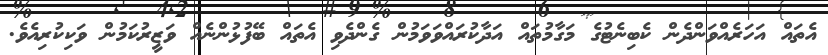
އެތައް އަހަރެއްވަންދެން ކެބިނެޓުގެ މަގާމުތައް އަދާކުރައްވަވަމުން ގެންދެވި އެތައް ބޭފުޅުންނެއް ވަޒީރުކަމުން ވަކިކުރިއެވެ.